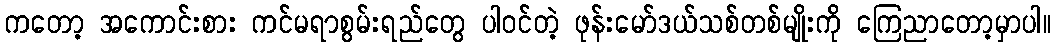
ကတော့ အကောင်းစား ကင်မရာစွမ်းရည်တွေ ပါဝင်တဲ့ ဖုန်းမော်ဒယ်သစ်တစ်မျိုးကို ကြေညာတော့မှာပါ။